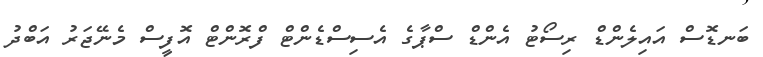
ބަނޑޮސް އައިލެންޑް ރިސޯޓު އެންޑް ސްޕާގެ އެސިސްޑެންޓް ފްރޮންޓް އޮފީސް މެނޭޖަރު އަބްދު